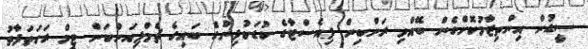
ސީޑުން އިންތިޒާމުކޮށްގެން ބޭއްވި ރަންބިން ފިއެސްޓާގެ ކުޑަކުދިންގެ ބައިގެ ޗެމްޕިއަންކަން ޓީމް ރަހަތަފާތު